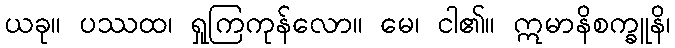
ယခု။ ပဿထ၊ ရှုကြကုန်လော။ မေ၊ ငါ၏။ ဣမာနိစက္ခူနိ၊